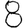
Digit: 8